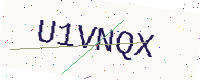
Text: U1VNQX